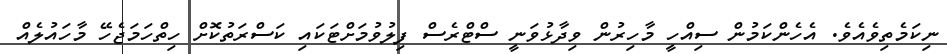
ނިކަމެތިވެއެވެ. އެހެންކަމުން ސިއްހީ މާހިރުުން ވިދާޅުވަނީ ސްޓްރެސް ފިލުވުމަށްޓަކައި ކަސްރަތުކޮށް ހިތްހަމަޖެހޭ މާހައުލެއް